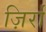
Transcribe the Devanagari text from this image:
ज़िर्रा